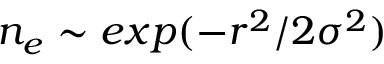
n _ { e } \sim e x p ( - r ^ { 2 } / 2 \sigma ^ { 2 } )